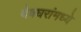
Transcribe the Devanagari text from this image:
देवघरांमध्ये